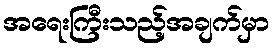
အရေးကြီးသည့်အချက်မှာ